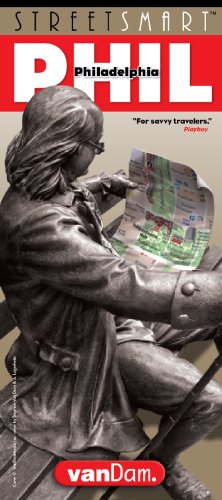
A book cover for StreetSmart Philadelphia; Stephan Van Dam; Travel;